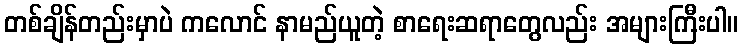
တစ်ချိန်တည်းမှာပဲ ကလောင် နာမည်ယူတဲ့ စာရေးဆရာတွေလည်း အများကြီးပါ။